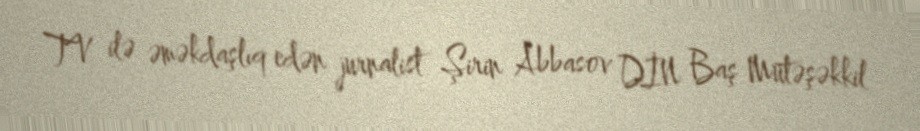
TV ilə əməkdaşlıq edən jurnalist Şirin Abbasov DİN Baş Mütəşəkkil